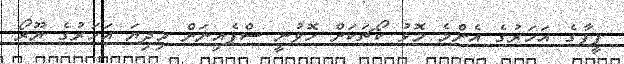
ފީފާގެ އަހަރުގެ އެންމެ މޮޅު ކޯޗަކަށް ހޮވުނީ ސްޕެއިނަށް މިދިޔަ އަހަރުގެ ޔޫރޯ